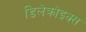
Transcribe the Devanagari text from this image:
डिलेक्रोइक्‍स